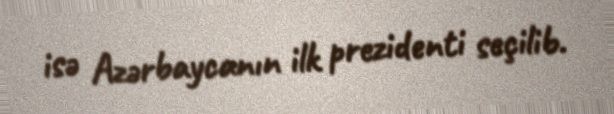
isə Azərbaycanın ilk prezidenti seçilib.